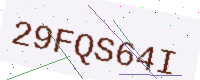
Text: 29FQS64I